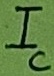
Text: IC